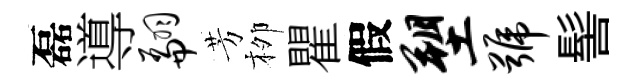
磊導翩芳栁瞿假塑号髻